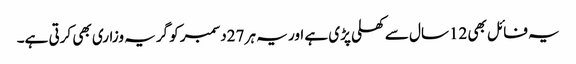
یہ فائل بھی 12سال سے کھلی پڑی ہے اور یہ ہر 27دسمبر کو گریہ وزاری بھی کرتی ہے۔